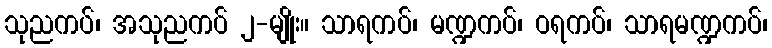
သုညကပ်၊ အသုညကပ် ၂-မျိုး။ သာရကပ်၊ မဏ္ဍကပ်၊ ဝရကပ်၊ သာရမဏ္ဍကပ်၊